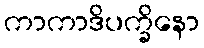
ကာကာဒိပက္ခိနော